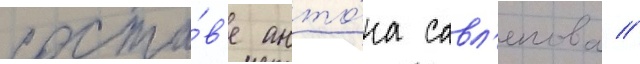
соста́в'е анто́на савл'епова /